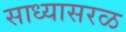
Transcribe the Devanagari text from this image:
साध्यासरळ